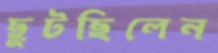
ছুটছিলেন